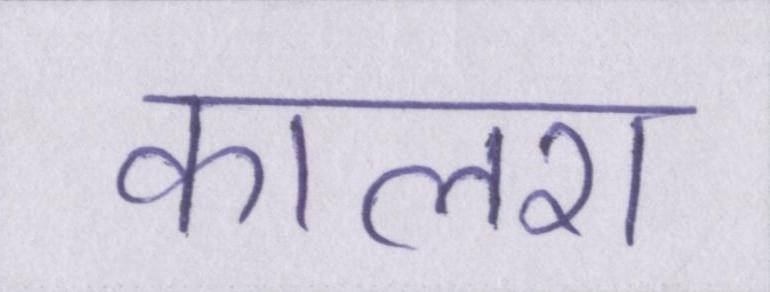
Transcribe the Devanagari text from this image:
कालरा